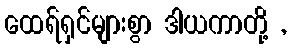
ထေရ်ရှင်များစွာ ဒါယကာတို့ ,